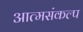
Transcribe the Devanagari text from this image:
आत्मसंकल्प